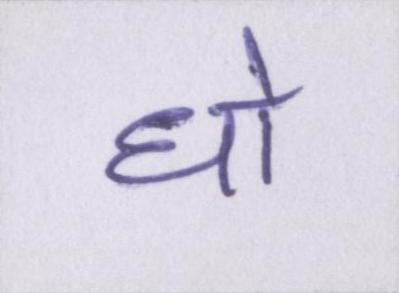
धो